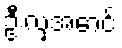
ဦးလှအောင်